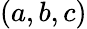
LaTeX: (a,b,c)